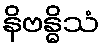
နိဗန္ဓိသံ